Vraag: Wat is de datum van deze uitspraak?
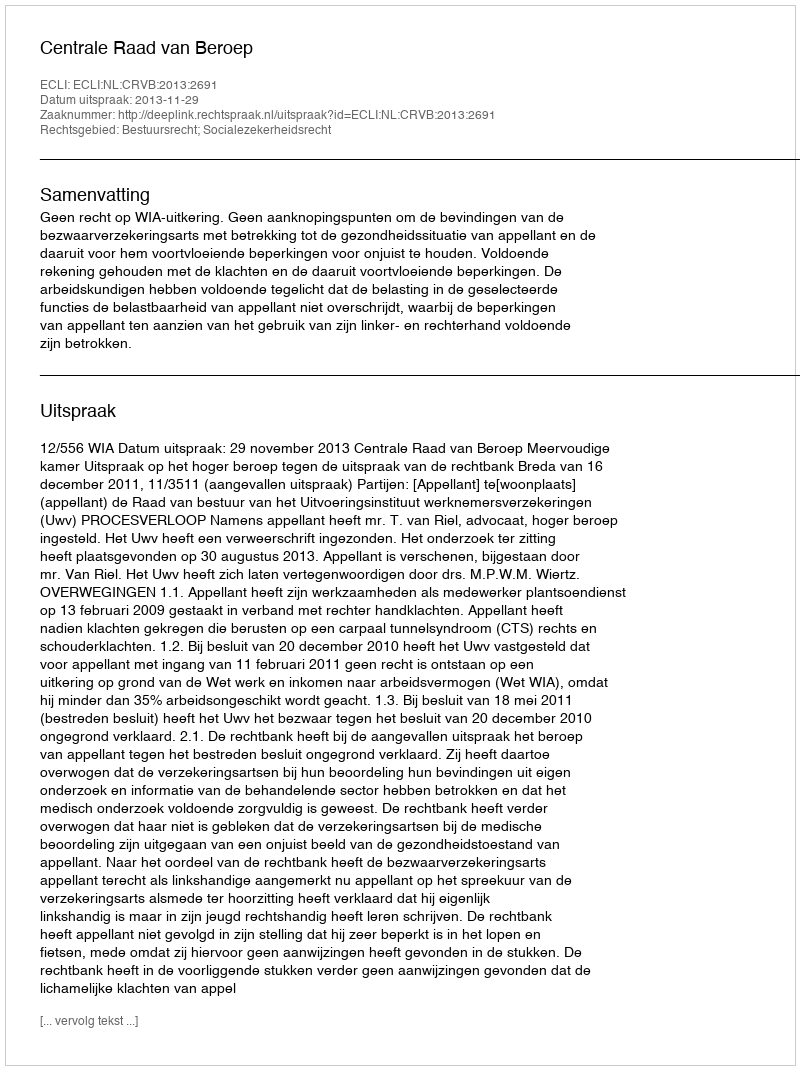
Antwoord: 2013-11-29